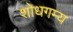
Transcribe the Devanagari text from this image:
शोधगम्‍य